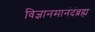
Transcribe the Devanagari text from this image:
विज्ञानमानंदंब्रह्म